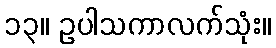
၁၃။ ဥပါသကာလက်သုံး။